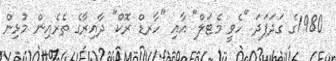
1980ގެ ގަދަފަދަ "ހެވީ މެޓަލް" އާއި "ހާރޑް ރޮކް" ދާއިރާގެ ތެރެއިން މުޅިން